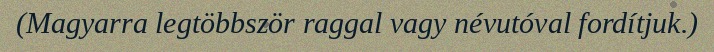
(Magyarra legtöbbször raggal vagy névutóval fordítjuk.)